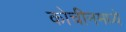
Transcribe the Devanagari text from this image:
कोचीनमध्ये